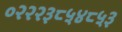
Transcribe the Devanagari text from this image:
०२२२३८५४८५३